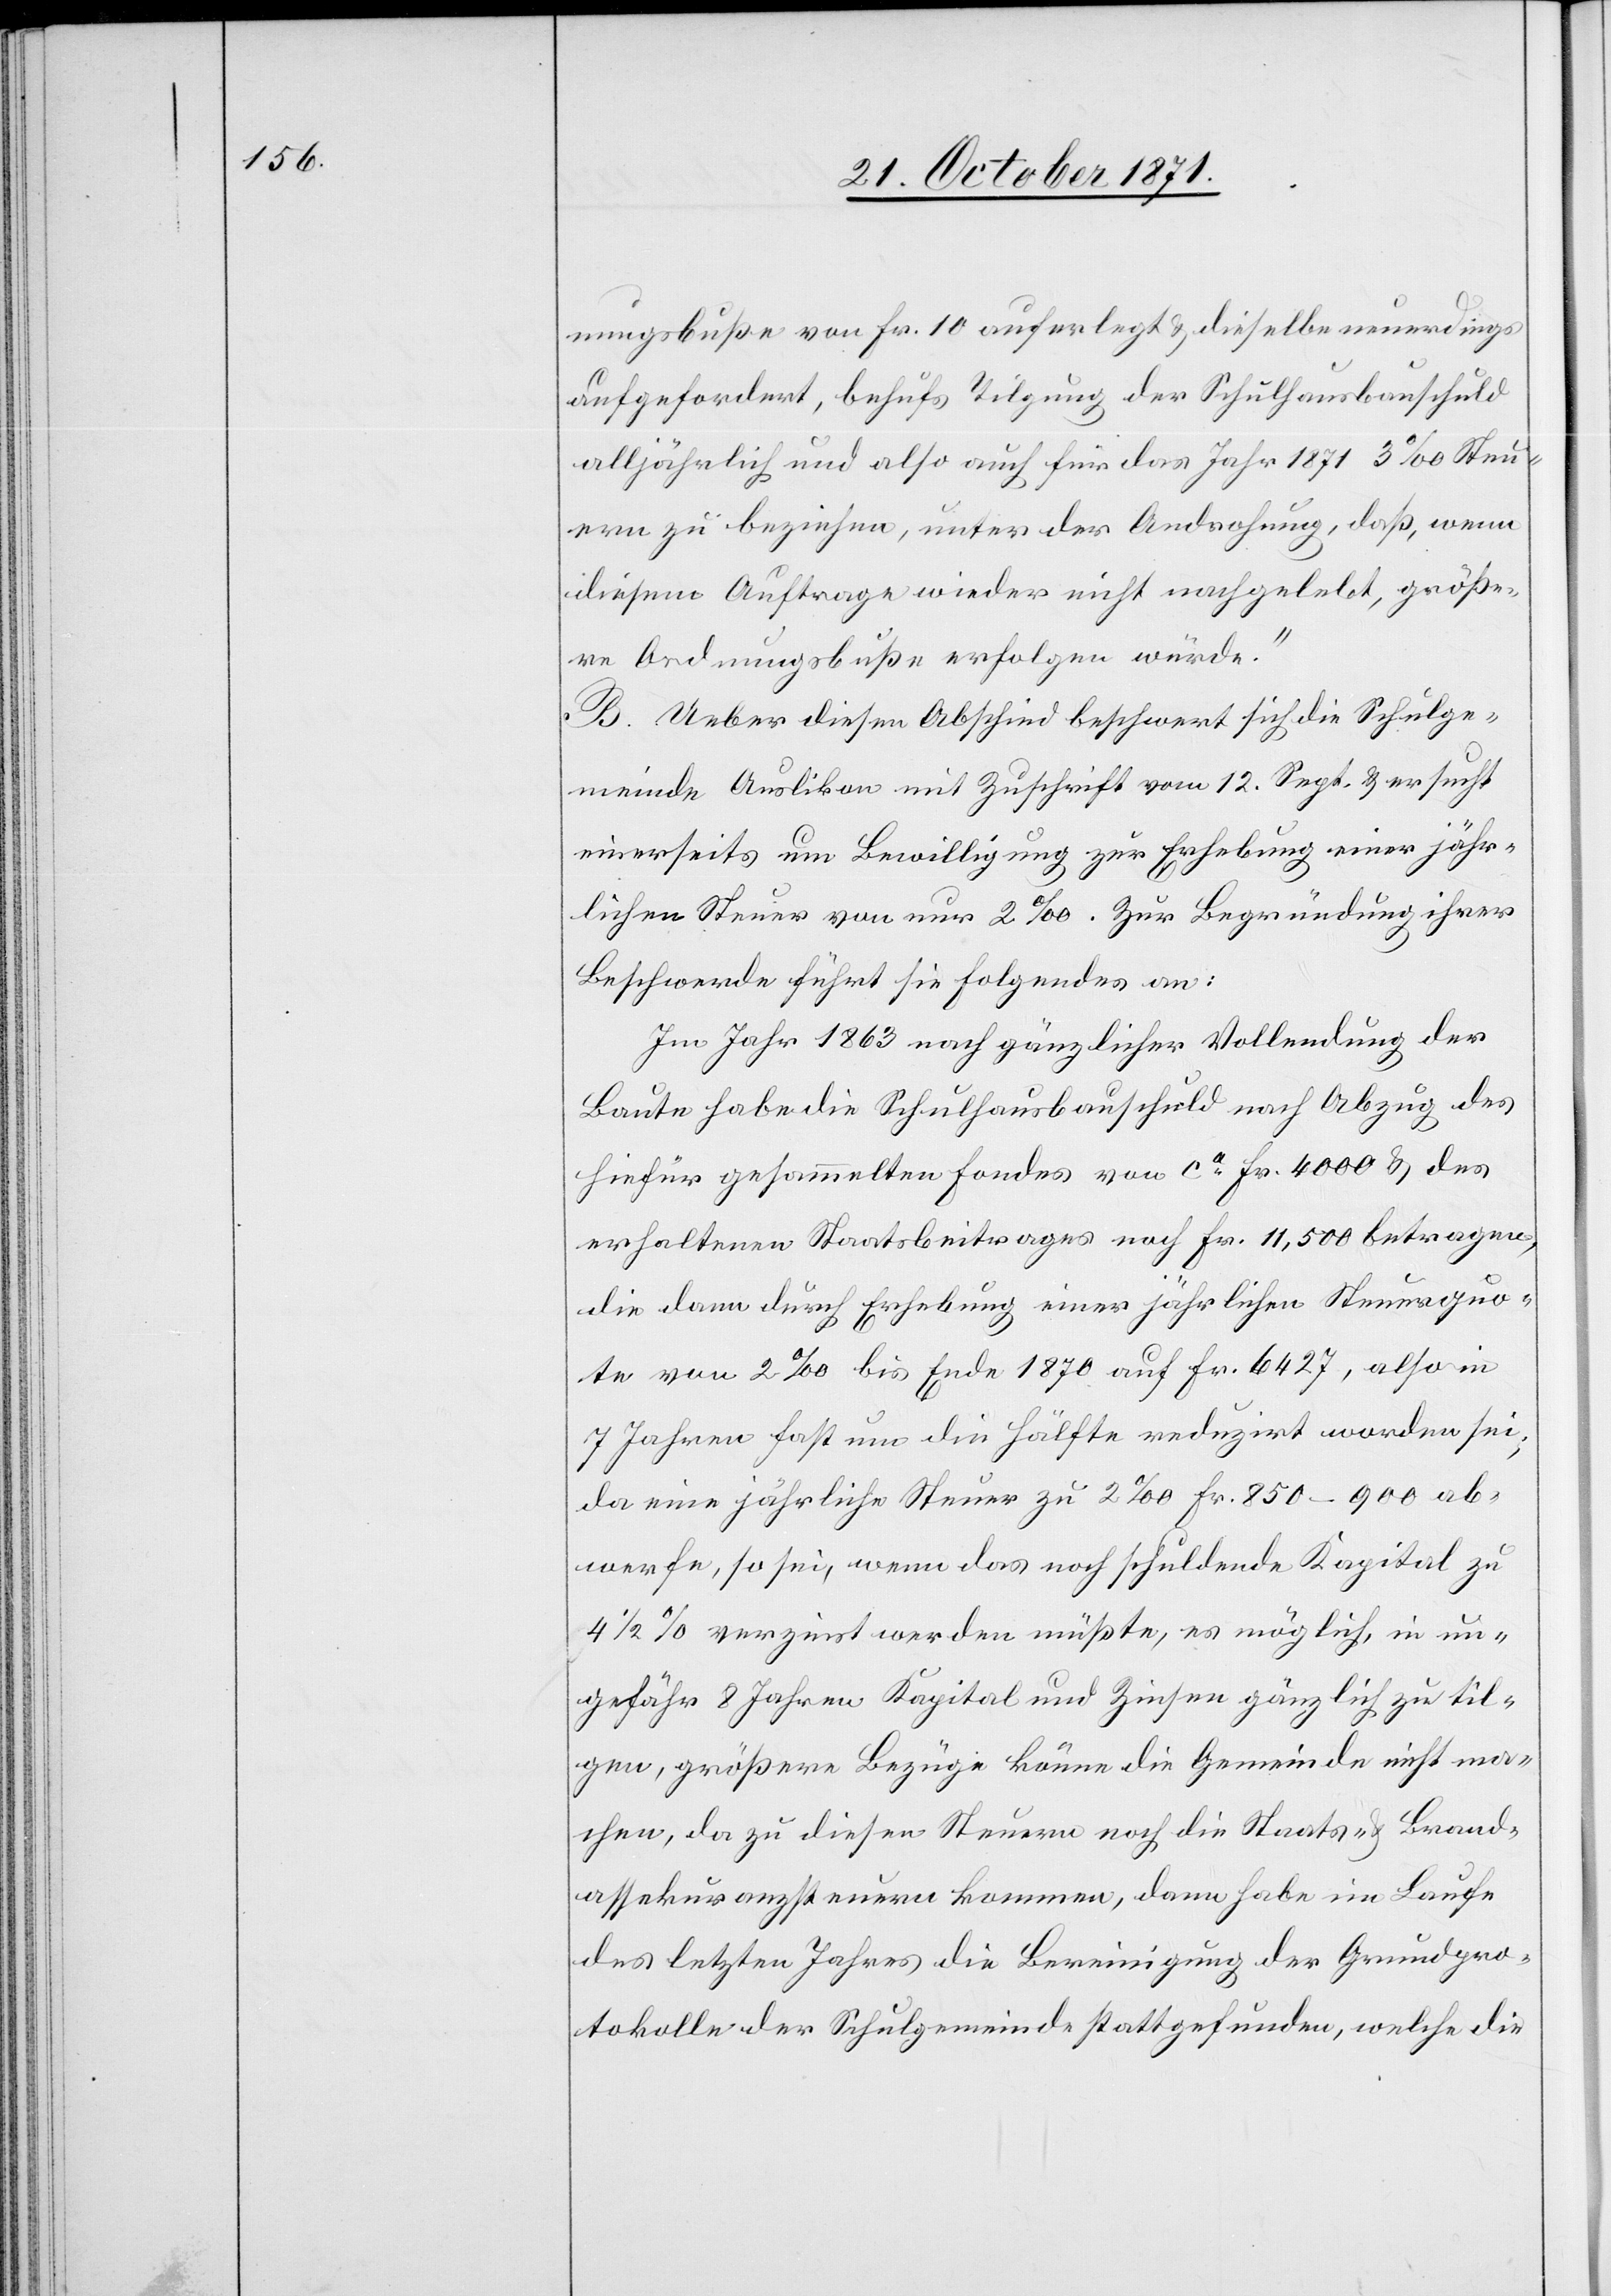
nungsbuße von Fr. 10 auferlegt & dieselbe neuerdings
aufgefordert, behufs Tilgung der Schulhausbauschuld
alljährlich und also auch für das Jahr 1871 3‰ Steu¬
ern zu beziehen, unter der Androhung, daß, wenn
diesem Auftrage wieder nicht nachgelebt, größe¬
re Ordnungsbuße erfolgen würde.“
B. Ueber diesen Abschied beschwert sich die Schulge¬
meinde Auslikon mit Zuschrift vom 12. Sept. & ersucht
einerseits um Bewilligung zur Erhebung einer jähr¬
lichen Steuer von nur 2‰. Zur Begründung ihrer
Beschwerde führt sie Folgendes an.
Im Jahr 1863 nach gänzlicher Vollendung der
Baute habe die Schulhausbauschuld nach Abzug des
hiefür gesammelten Fondes von ca Fr. 4000 & des
erhaltenen Staatsbeitrages noch Fr. 11,500 betragen,
die dann durch Erhebung einer jährlichen Steuerquo¬
te von 2‰ bis Ende 1870 auf Fr. 6427, also in
7 Jahren fast um die Hälfte reduzirt worden sei;
da eine jährliche Steuer zu 2‰ Fr. 850–900 ab¬
werfe, so sei, wenn das noch schuldende Kapital zu
4 1/2 % verzinst werden müßte, es möglich in un¬
gefähr 8 Jahren Kapital und Zinsen gänzlich zu til¬
gen, größere Bezüge könne die Gemeinde nicht ma¬
chen, da zu diesen Steuern noch die Staats- & Brand¬
assekuranzsteuern kommen, dann habe im Laufe
des letzten Jahres die Bereinigung der Grundpro¬
tokolle der Schulgemeinde stattgefunden, welche die